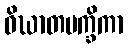
ဝိဃာတပက္ခိကာ